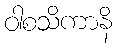
ဝါစသိကာနိ